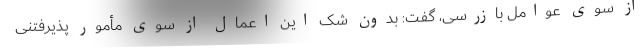
از سوی عوامل بازرسی، گفت: بدون شک این اعمال از سوی مأمور پذیرفتنی